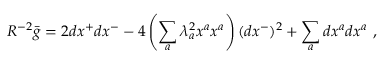
R ^ { - 2 } \bar { g } = 2 d x ^ { + } d x ^ { - } - 4 \left( \sum _ { a } \lambda _ { a } ^ { 2 } x ^ { a } x ^ { a } \right) ( d x ^ { - } ) ^ { 2 } + \sum _ { a } d x ^ { a } d x ^ { a } ~ ,